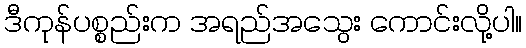
ဒီကုန်ပစ္စည်းက အရည်အသွေး ကောင်းလို့ပါ။